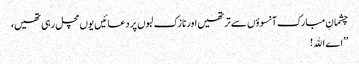
چشمانِ مبارک آنسوؤں سے تر تھیں اور نازک لبوں پر دعائیں یوں مچل رہی تھیں،
’’اے اﷲ!